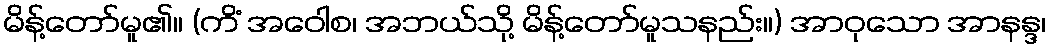
မိန့်တော်မူ၏။ (ကိံ အဝေါစ၊ အဘယ်သို့ မိန့်တော်မူသနည်း။) အာဝုသော အာနန္ဒ၊